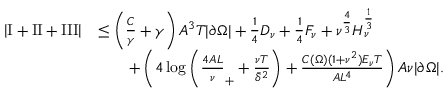
\begin{array} { r l } { \left\lvert \mathrm I + \mathrm { I I } + \mathrm { I I I } \right\rvert } & { \le \left( \frac C \gamma + \gamma \right) A ^ { 3 } T | \partial \Omega | + \frac 1 4 D _ { \nu } + \frac 1 4 F _ { \nu } + \nu ^ { \frac 4 3 } H _ { \nu } ^ { \frac 1 3 } } \\ & { \qquad + \left( 4 \log \left( \frac { 4 A L } \nu _ { + } + \frac { \nu T } { \bar { \delta } ^ { 2 } } \right) + \frac { C ( \Omega ) ( 1 + \nu ^ { 2 } ) E _ { \nu } T } { A L ^ { 4 } } \right) A \nu | \partial \Omega | . } \end{array}